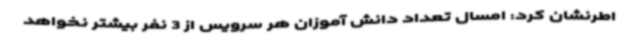
اطرنشان کرد: امسال تعداد دانش آموزان هر سرویس از 3 نفر بیشتر نخواهد